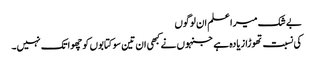
بے شک میرا علم ان لوگوں
کی نسبت تھوڑا زیادہ ہے جنہوں نے کبھی ان تین سو کتابوں کو چھوا تک نہیں۔